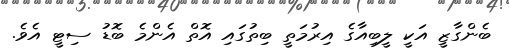
ބެންގާޒީ އަކީ ލީބިއާގެ އިރުމަތީ ބިތުގައި އޮތް އެންމެ ބޮޑު ސިޓީ އެވެ.